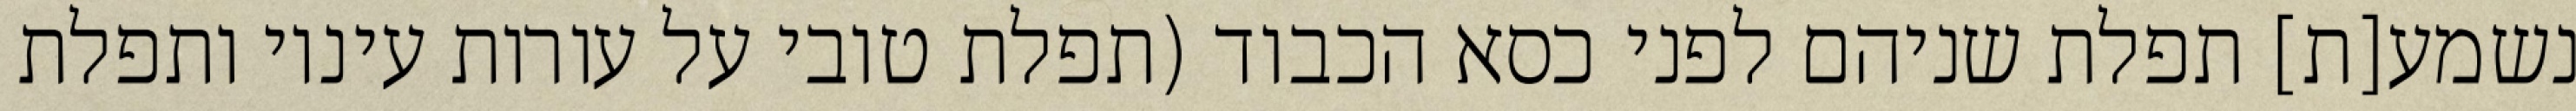
נשמע[ת] תפלת שניהם לפני כסא הכבוד (תפלת טובי על עורות עיניו ותפלת